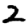
Digit: 2